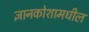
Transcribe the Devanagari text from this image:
ज्ञानकोशामधील